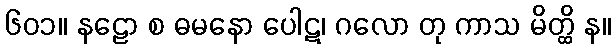
၆၀၁။ နဠော စ ဓမနော ပေါဋ၊ ဂလော တု ကာသ မိတ္ထိ န။